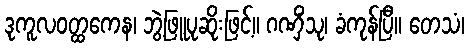
ဒုကူလဝတ္ထကေန၊ ဘွဲ့ဖြူပုဆိုးဖြင့်။ ဂဏှိံသု၊ ခံကုန်ပြီ။ တေသံ၊